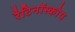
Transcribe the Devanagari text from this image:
रैटिनॉस्कोप